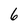
Character: 6